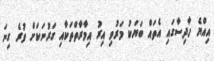
އިއްޔެ ހާދިސާގައި އެތައް ބަޔަކު މަރުވި އިރު އިމާރާތްތަކާއި ގަރުނަކަށް ވުރެ ގިނަ